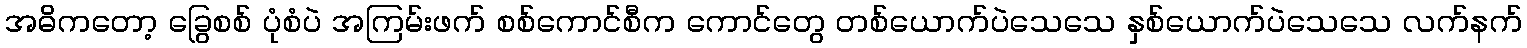
အဓိကတော့ ခြွေစစ် ပုံစံပဲ အကြမ်းဖက် စစ်ကောင်စီက ကောင်တွေ တစ်ယောက်ပဲသေသေ နှစ်ယောက်ပဲသေသေ လက်နက်